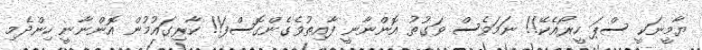
ޔާމީނަކީ ސްޕަ ހީރޯއެކޭ!! ނަމަވެސް ވަގުތު އޮންނާނީ ފާއިތުވެގެންގޮސްފަ!! ކާރިގައުމުން އޮންނާނީ ހިންދެމި